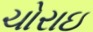
ચોરાઇ